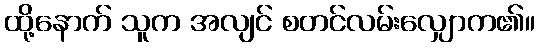
ထို့နောက် သူက အလျင် စတင်လမ်းလျှောက၏။